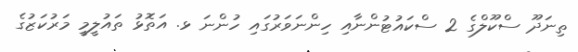
ތިނަދޫ ސްކޫލްގެ 2 ސްކައުޓުންނާއި ހިންނަވަރުގައި ހުންނަ ޅ. އަތޮޅު ތައުލީމީ މަރުކަޒުގެ